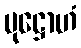
ပုဋ္ဌောဟံ